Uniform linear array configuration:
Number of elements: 12
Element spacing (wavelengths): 1
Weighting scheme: cosine
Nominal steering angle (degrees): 45
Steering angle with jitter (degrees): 44.403
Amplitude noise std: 0.05
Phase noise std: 0.05

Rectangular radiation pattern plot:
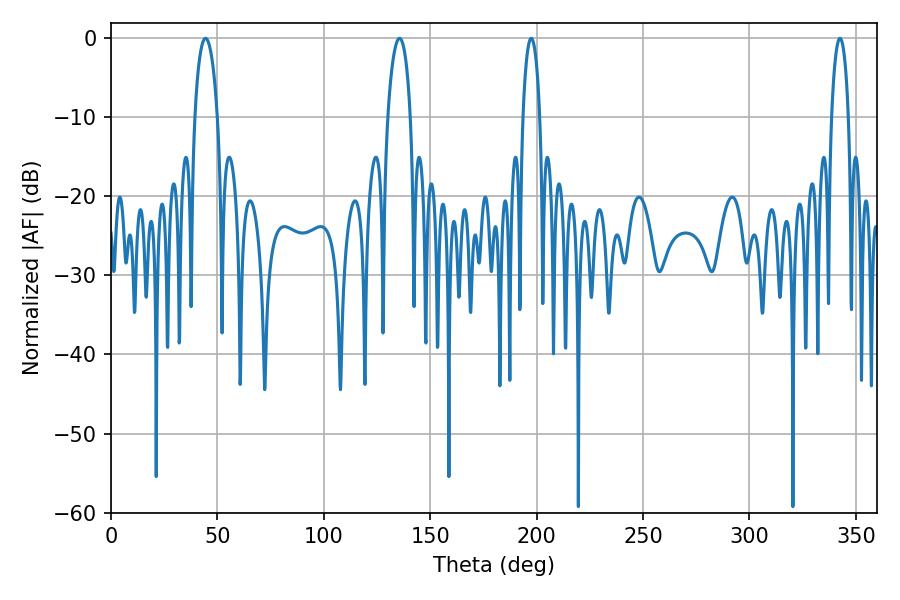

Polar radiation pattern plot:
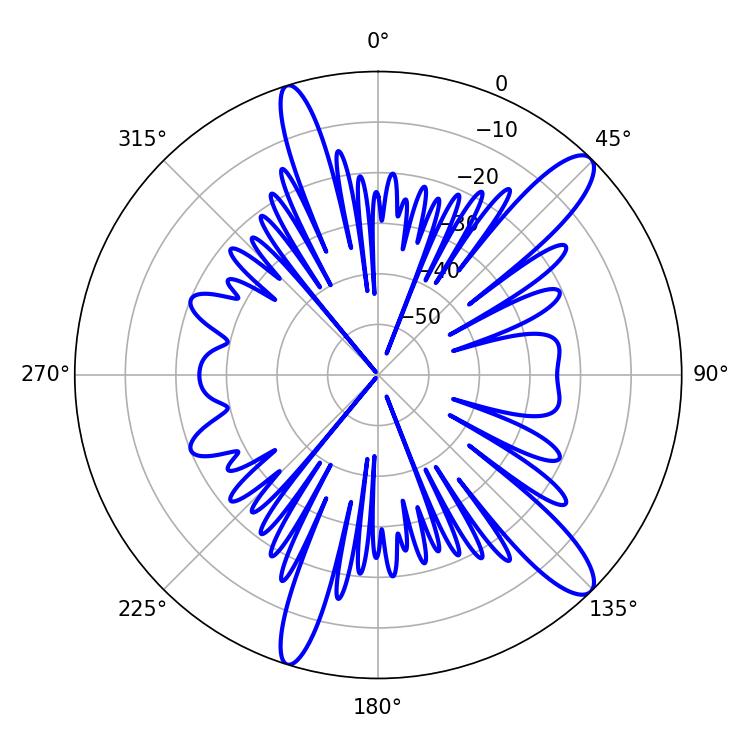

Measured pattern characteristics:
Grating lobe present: TRUE
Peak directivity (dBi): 12.653
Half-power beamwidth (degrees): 4.5
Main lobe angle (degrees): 197.46